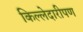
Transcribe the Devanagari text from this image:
किल्लेदारीपण